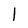
Character: I